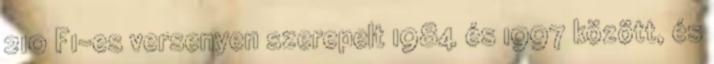
210 F1-es versenyen szerepelt 1984 és 1997 között, és